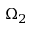
\Omega _ { 2 }